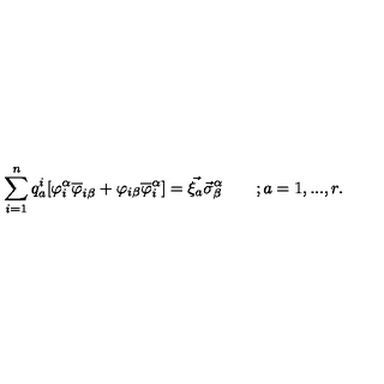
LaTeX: \sum _ { i = 1 } ^ { n } q _ { a } ^ { i } [ \varphi _ { i } ^ { \alpha } \overline { { \varphi } } _ { i \beta } + \varphi _ { i \beta } \overline { { \varphi } } _ { i } ^ { \alpha } ] = \vec { \xi _ { a } } \vec { \sigma } _ { \beta } ^ { \alpha } \qquad ; a = 1 , . . . , r .